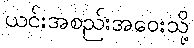
ယင်းအစည်းအဝေးသို့